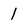
Character: 1